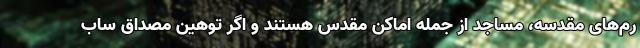
رم‌های مقدسه، مساجد از جمله اماکن مقدس هستند و اگر توهین مصداق ساب